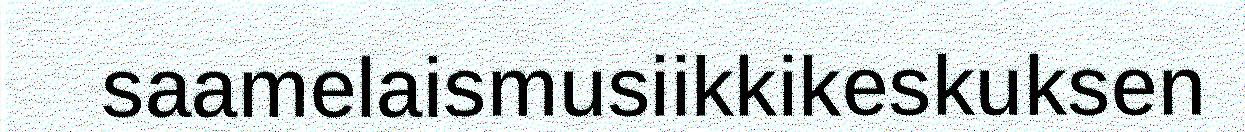
saamelaismusiikkikeskuksen